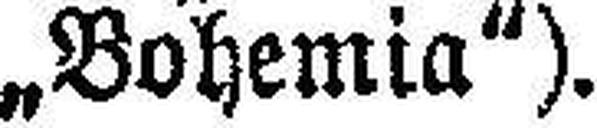
„Bohemia").